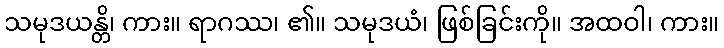
သမုဒယန္တိ၊ ကား။ ရာဂဿ၊ ၏။ သမုဒယံ၊ ဖြစ်ခြင်းကို။ အထဝါ၊ ကား။